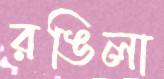
রঙিলা